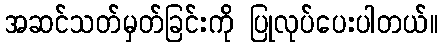
အဆင်သတ်မှတ်ခြင်းကို ပြုလုပ်ပေးပါတယ်။